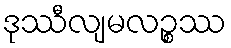
ဒုဿီလျမလဉ္စဿ